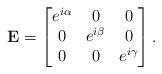
LaTeX: \begin{align*} {\bf E}=\begin{bmatrix} e^{i\alpha} & 0 & 0 \\ 0 & e^{i\beta} & 0 \\ 0 & 0 & e^{i\gamma} \end{bmatrix}.\end{align*}